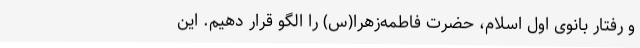
و رفتار بانوی اول اسلام، حضرت فاطمه‌زهرا(س) را الگو قرار دهیم. این